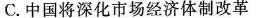
C.中国将深化市场经济体制改革